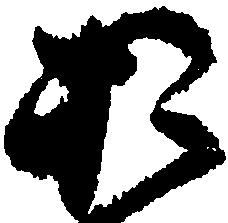
お